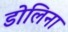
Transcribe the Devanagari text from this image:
डोलिना